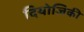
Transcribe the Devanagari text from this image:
दियोजिकी